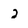
Character: 2